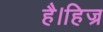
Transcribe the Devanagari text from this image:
है।हिज्र